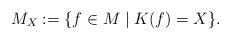
LaTeX: \begin{align*}M_X:=\{f\in M\mid K(f)=X\}. \end{align*}